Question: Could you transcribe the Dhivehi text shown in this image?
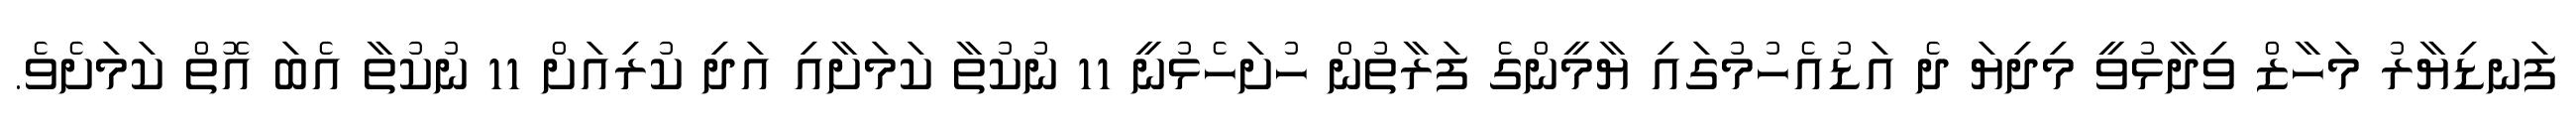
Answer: ފަނޑިޔާރު މަހާޒް ވިދާޅުވީ މިދިޔަ ދެ އަޑުއެހުމުގައި ޔާމީންގެ ފަރާތުން ހުށަހެޅުނީ 11 ނުކުތާ ކަމަށާއި އަދި ކުރިއަށް 11 ނުކުތާ އެބަ އޮތް ކަމަށެވެ.